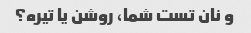
و نان تست شما، روشن یا تیره؟